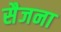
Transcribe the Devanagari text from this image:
सैजना